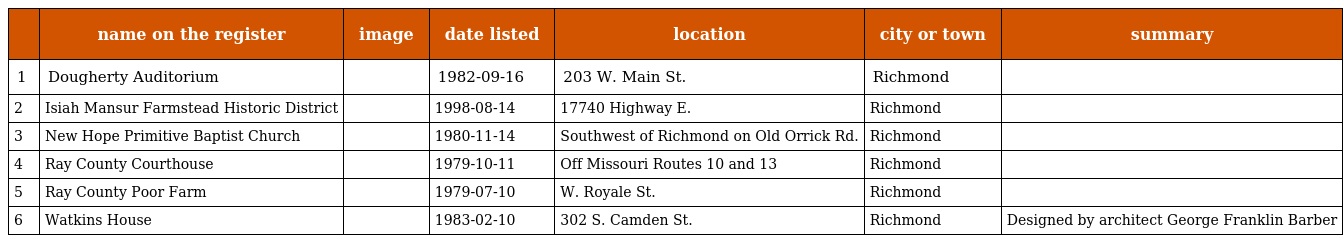
|  | name on the register | image | date listed | location | city or town | summary |
 | --- | --- | --- | --- | --- | --- | --- |
 | 1 | Dougherty Auditorium |  | 1982-09-16 | 203 W. Main St. | Richmond |  |
 | 2 | Isiah Mansur Farmstead Historic District |  | 1998-08-14 | 17740 Highway E. | Richmond |  |
 | 3 | New Hope Primitive Baptist Church |  | 1980-11-14 | Southwest of Richmond on Old Orrick Rd. | Richmond |  |
 | 4 | Ray County Courthouse |  | 1979-10-11 | Off Missouri Routes 10 and 13 | Richmond |  |
 | 5 | Ray County Poor Farm |  | 1979-07-10 | W. Royale St. | Richmond |  |
 | 6 | Watkins House |  | 1983-02-10 | 302 S. Camden St. | Richmond | Designed by architect George Franklin Barber |